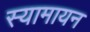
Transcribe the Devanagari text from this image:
स्यामायन